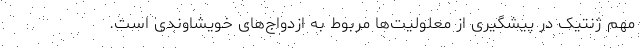
مهم ژنتیک در پیشگیری از معلولیت‌ها مربوط به ازدواج‌های خویشاوندی است.